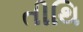
તીથિ